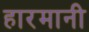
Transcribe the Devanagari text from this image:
हारमानी